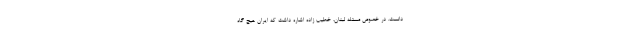
دانست. در خصوص مسئله لبنان، خطیب زاده اشاره داشت که ایران هیچ گاه